Regulations for the medical services of the Army of India
Year: 1930
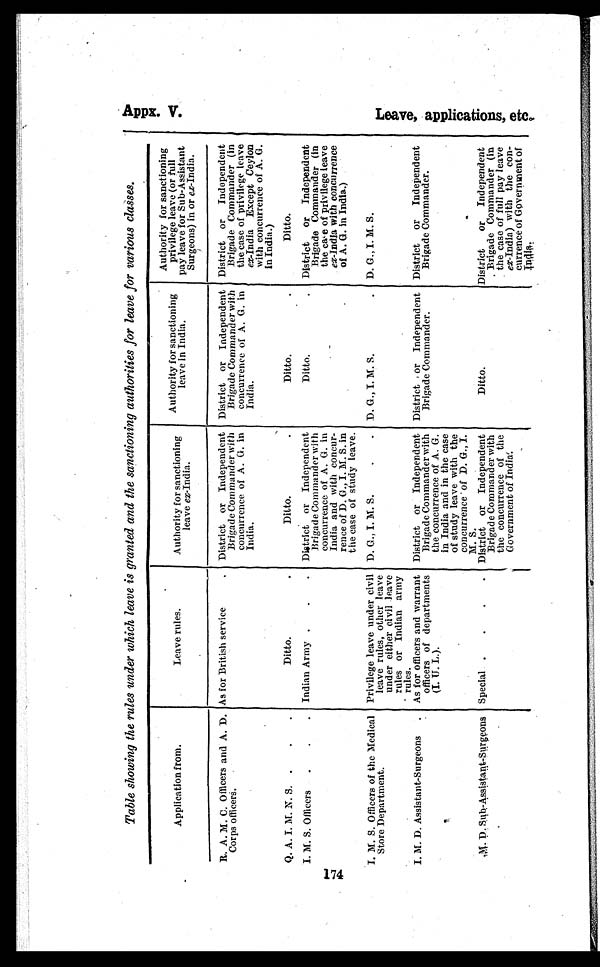
174
Table showing the rules under which leave is granted and the sanctioning authorities for leave for various classes.
Application from.
Leave rules.
Authority for sanctioning
leave ex-India.
Authority for sanctioning
leave in India.
Authority for sanctioning
privilege leave (or full
pay leave for Sub-Assistant
Surgeons) in or ex-India.
R. A. M. C. Officers and A. D.
Corps officers.
As for British service
District or Independent
Brigade Commander with
concurrence of A. G. in
India.
District or Independent
Brigade Commander with
concurrence of A. G. in
India.
District or Independent
Brigade Commander (in
the case of privilege leave
ex-India Except Ceylon
with concurrence of A. G.
in India.)
Q. A. I. M. N. S. .
.
.
Ditto.
.
Ditto.
.
Ditto.
.
Ditto.
I. M. S. Officers
.
.
.
Indian Army .
.
.
District or Independent
Brigade Commander with
concurrence of A. G. in
India and with concur-
rence of D. G., I . M. S. in
the case of study leave.
Ditto.
•
District or Independent
Brigade Commander (in
the case of privilege leave
ex-India with concurrence
of A. G. in India.)
I. M. S. Officers of the Medical
Store Department.
Privilege leave under civil
leave rules, other leave
under either civil leave
rules or Indian army
rules.
D. G., I. M. S.
.
.
D. G., I. M. S.
.
D. G., I. M. S.
I. M. D. Assistant-Surgeons . As for officers and warrant
officers of departments
(I. U. L.).
District or Independent
Brigade Commander with
the concurrence of A. G.
in India and in the case
of study leave with the
concurrence' of D. G., I.
M. S.
District , or Independent
Brigade Commander.
District or Independent
Brigade Commander.
M. D. Sub-Assistant-Surgeons Special .
.
.
.
District or Independent
Brigade Commander with
the concurrence of the
Government of India.
Ditto.
District or Independent
Brigade Commander (in
the case of full pay leave
ex-India) with the con-
currence of Government of
India.
Appx. V.
L e a v e , a p p l i c a t i o n s , e t c .